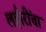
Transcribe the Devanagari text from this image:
लहीरींचा